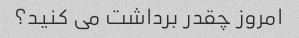
امروز چقدر برداشت می کنید؟